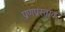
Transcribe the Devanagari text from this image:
प्रणप्रस्ताव